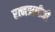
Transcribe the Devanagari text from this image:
रत्नऋषीजी